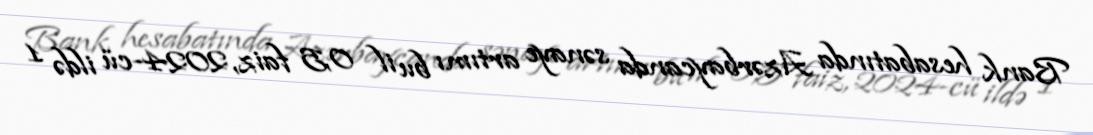
Bank hesabatında Azərbaycanda sənaye artımı bu il 0,5 faiz, 2024-cü ildə 1